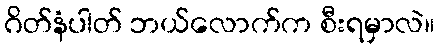
ဂိတ်နံပါတ် ဘယ်လောက်က စီးရမှာလဲ။